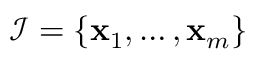
\mathcal { I } = \left\lbrace \ensuremath { \mathbf { x } } _ { 1 } , \dots , \ensuremath { \mathbf { x } } _ { m } \right\rbrace